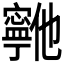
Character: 𫴞